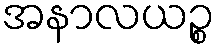
အနာလယဉ္စ